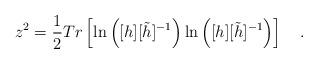
LaTeX: \begin{align*}z^{2}=\frac{1}{2}Tr \left[ \ln \left( [h][\tilde{h}]^{-1} \right)\ln \left([h][\tilde{h}]^{-1} \right) \right] ~~~. \end{align*}